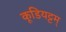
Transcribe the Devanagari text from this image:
कूडियट्टम्